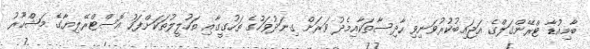
ބާމިއުޑާ ޓްރޭންގަލްގެ އަޖައިބުކުރުވަނިވި ހާދިސާތަކާއިމެދު ވަރަށް ގިނަދުވަހުގެ ތަހުގީގާއި ތަހުލީލުތަކަށްފަހު އޮސްޓްރޭލިޔާގެ މަޝްހޫރު